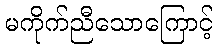
မကိုက်ညီသောကြောင့်